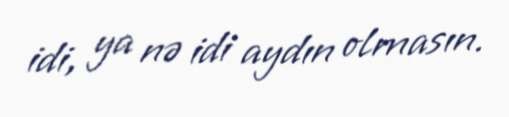
idi, ya nə idi aydın olmasın.